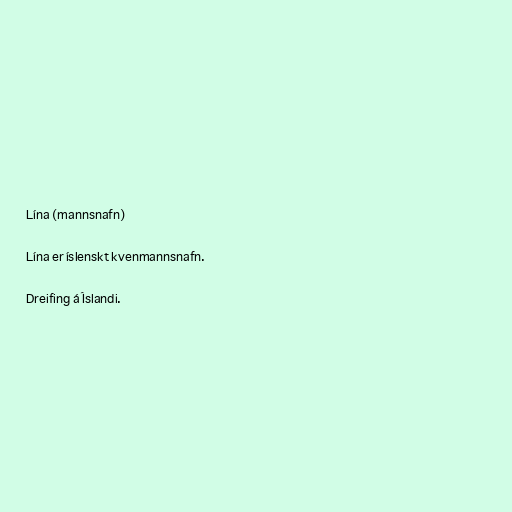
Lína (mannsnafn)

Lína er íslenskt kvenmannsnafn.

Dreifing á Íslandi.